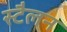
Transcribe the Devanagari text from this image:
स्टैलन